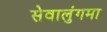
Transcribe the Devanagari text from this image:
सेवालुंगमा